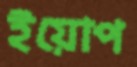
ইয়োপ